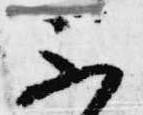
不